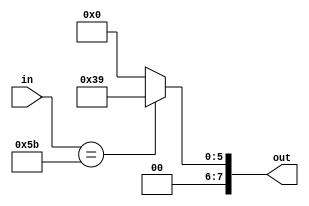
module Scomp(in, out);

input [7:0] in;
output [7:0] out;
reg [7:0] out;

always @(in)
begin
case(in)
8'd91:out<=8'd57;
default:out<=0;
endcase
end
endmodule